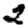
Digit: 2